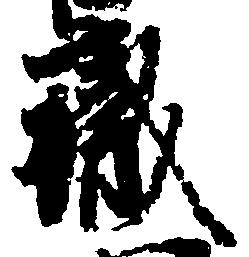
職